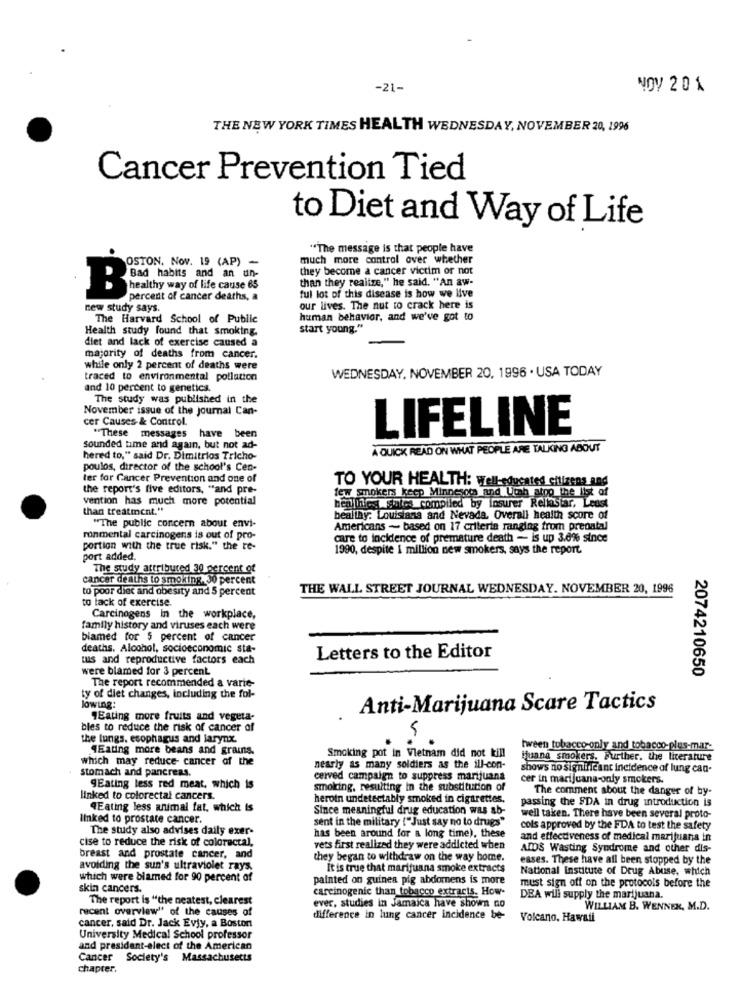
-21-
NOV 20 1
THE NEW YORK TIMES HEALTH WEDNESDAY, NOVEMBER 20, 1996
Cancer Prevention Tied
to Diet and Way of Life
"The message is that people have
much more control over whether
OSTON. Nov. 19 (AP) -
they become a cancer victim or not
than they realize," he said. "An aw-
ful lot of this disease is how we live
Beauty way of life cause 05
percent of cancer deaths, a
new study says.
our lives. The nut to crack here is
The Harvard School of Public
human behavior, and we've got to
Health study found that smoking.
start young."
diet and lack of exercise caused a
majority of deaths from cancer.
while only 2 percent of deaths were
traced to environmental pollution
WEDNESDAY, NOVEMBER 20, 1996 . USA TODAY
and 10 percent to genetics.
The study was published in the
November issue of the journal Can-
cer Causes-& Control.
LIFELINE
"These messages have b
sounded time and again, but not ad-
A QUICK READ ON WHAT PEOPLE ARE TALKING ABOUT
hered to," said Dr. Dimitrios Tricho-
poulos, director of the school's Cen-
ter for Cancer Prevention and one of
TO YOUR HEALTH: Well-educated citizens and
the report's five editors, "and pre-
few smokers keep Minnesota and Utah atpp the list of
vention has much more potential
than treatment."
healthiest sales compiled by insurer Reliastar, Leust
"The public concern about envi-
bealtay: Louisiana and Nevada. Overall health score of
Americans - based on 17 criteria ranging from prenatal
ronmental carcinogens is out of pro-
care to incidence of premature death - is up 3.0% since
portion with the true risk." the te-
1990, despite i million new smokers, says the report.
port added.
The study attribured 30 percent of
cancer deaths to smoking. 30 percent
to poor diet and obesity and 5 percent
THE WALL STREET JOURNAL WEDNESDAY. NOVEMBER 20, 1996
to lack of exercise.
Carcinogens in the workplace,
family history and viruses each were
blamed for 5 percent of cancer
deaths. Alcohol, socioeconomic sta-
tus and reproductive factors each
Letters to the Editor
were blamed for 3 percent
2074210650
The report recommended a varie-
ty of diet changes, including the fol-
lowing:
Anti-Marijuana Scare Tactics
"Eating more fruits and vegeta-
bles to reduce the risk of cancer of
the lungs, esophagus and larynx.
AEating more beans and grains.
hween tobacco-only and tobacco-plus-mar-
which may reduce- cancer of the
Smoking pot in Vietnam did not kill
juana smokers. Further, the literature
stomach and pancreas.
nearly as many soldiers as the ill-con-
shows no significant incidence of lung can-
ceived campaign to suppress marijuana
cer in marijuana-only smokers.
gEating less red meat, which is
smoking, resulting in the substitution of
The comment about the danger of by-
linked to colorectal cancers.
heroin undetectably smoked in cigarettes.
passing the SDA in drug introduction is
4Eating less animal fat, which is
Since meaningful drug education was ab-
linked to prostate cancer.
sent in the military ("Just say no to drugs"
well taken. There have been several proto-
The study also advises daily exer-
cols approved by the FDA to test the safety
cise to reduce the risk of colorectal,
has been around for a long time), these
and effectiveness of medical marijuana in
vets first realized they were addicted when
ADDS Wasting Syndrome and other dis-
breast and prostate cancer, and
they began to withdraw on the way home.
esses. These have all been stopped by the
avoiding the sun's ultraviolet rays.
It is true that marijuana smoke extracts
National Institute of Drug Abuse, which
which were blamed for 90 percent of
painted on guinea pig abdomens is more
skin cancers.
carcinogenic than tobacco extracts. How-
must sign off on the protocols before the
The report is "the neatest, clearest
DEA wili supply the marijuana.
recent overview" of the causes of
ever, studies in Jamaica have shown no
WILLIAM B. WENNER, M.D.
difference in lung cancer incidence be-
Volcano, Hawaii
cancer, said Dr. Jack Evjy, a Boston
University Medical School professor
and president-elect of the American
Cancer Society's Massachusetts
chapter.